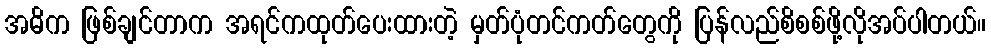
အဓိက ဖြစ်ချင်တာက အရင်ကထုတ်ပေးထားတဲ့ မှတ်ပုံတင်ကတ်တွေကို ပြန်လည်စိစစ်ဖို့လိုအပ်ပါတယ်။